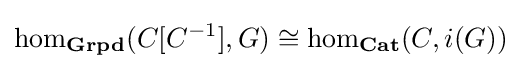
\hom _{\mathbf {Grpd} }(C[C^{-1}],G)\cong \hom _{\mathbf {Cat} }(C,i(G))